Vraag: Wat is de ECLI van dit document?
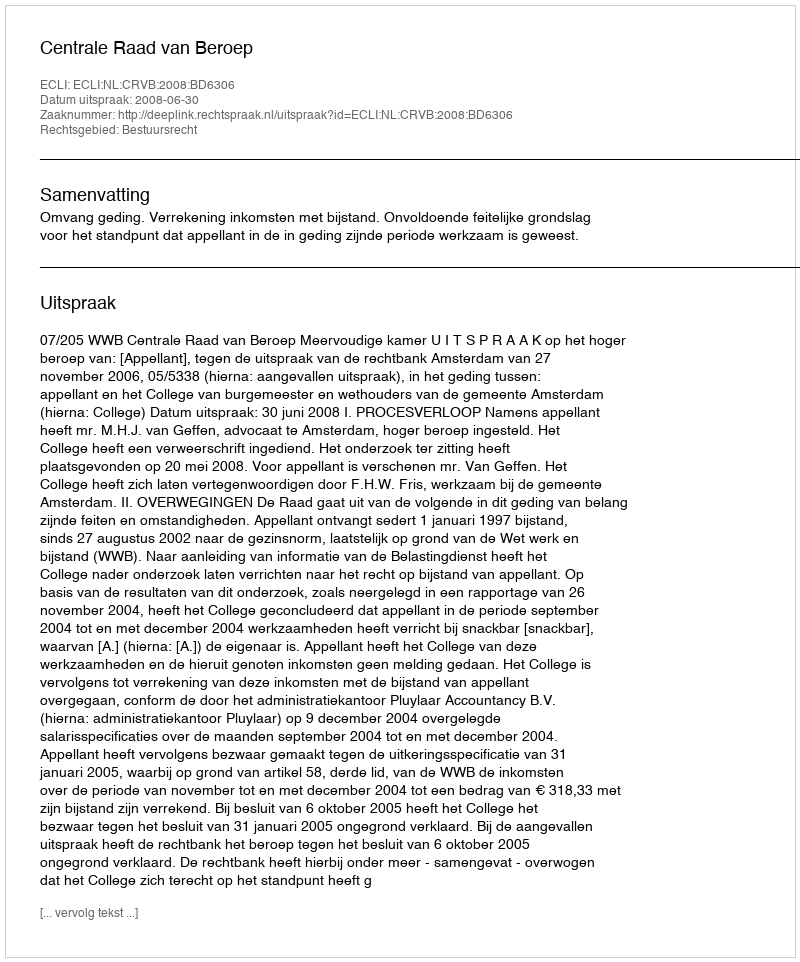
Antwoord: ECLI:NL:CRVB:2008:BD6306